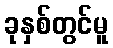
ခုနှစ်တွင်မူ